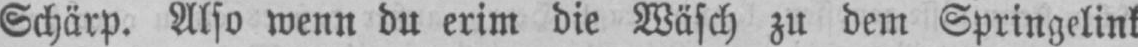
Schärp. Also wenn du erim die Wäsch zu dem Springelink